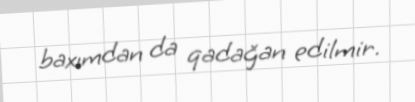
baxımdan da qadağan edilmir.